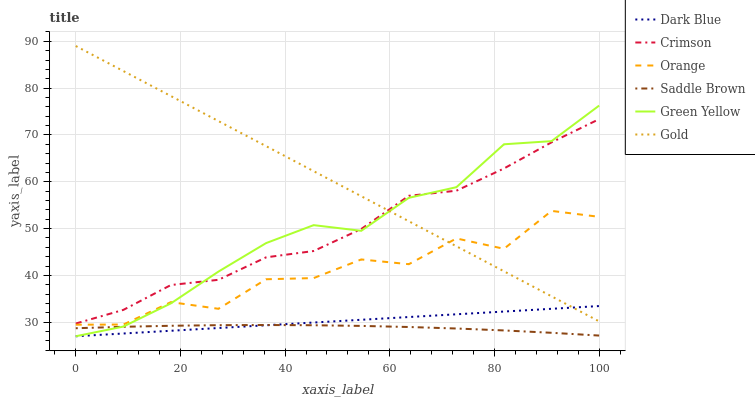
| xaxis_label | Dark Blue | Crimson | Orange | Saddle Brown | Green Yellow | Gold |
 | --- | --- | --- | --- | --- | --- | --- |
 | 0 | 27 | 29.7 | 29.5 | 28.7 | 27 | 89 |
 | 9.09 | 27.6 | 32.6 | 29.5 | 29 | 29.1 | 83.7 |
 | 18.2 | 28.2 | 37.9 | 34.3 | 29.2 | 34 | 78.3 |
 | 27.3 | 28.8 | 39.1 | 32.9 | 29.4 | 40.8 | 73 |
 | 36.4 | 29.3 | 43.9 | 39.2 | 29.4 | 46.9 | 67.6 |
 | 45.5 | 29.9 | 45.2 | 39.4 | 29.4 | 50.7 | 62.3 |
 | 54.5 | 30.5 | 49.9 | 43.4 | 29.2 | 49.5 | 56.9 |
 | 63.6 | 31.1 | 57 | 42.4 | 29 | 56.6 | 51.6 |
 | 72.7 | 31.7 | 58.1 | 47.9 | 28.7 | 58.8 | 46.2 |
 | 81.8 | 32.3 | 62.8 | 45.7 | 28.2 | 68 | 40.9 |
 | 90.9 | 32.9 | 68.4 | 53.8 | 27.7 | 68.7 | 35.5 |
 | 100 | 33.5 | 73.4 | 52.5 | 27.1 | 76.3 | 30.2 |